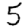
Digit: 5